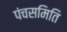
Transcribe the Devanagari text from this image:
पंचसमिति